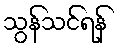
သွန်သင်ရန်